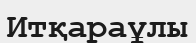
Итқараұлы